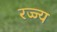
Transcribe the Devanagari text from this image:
रज्ज्य